Lunatic asylums Madras 1892-1911 - 1892-1911
Year: 1892
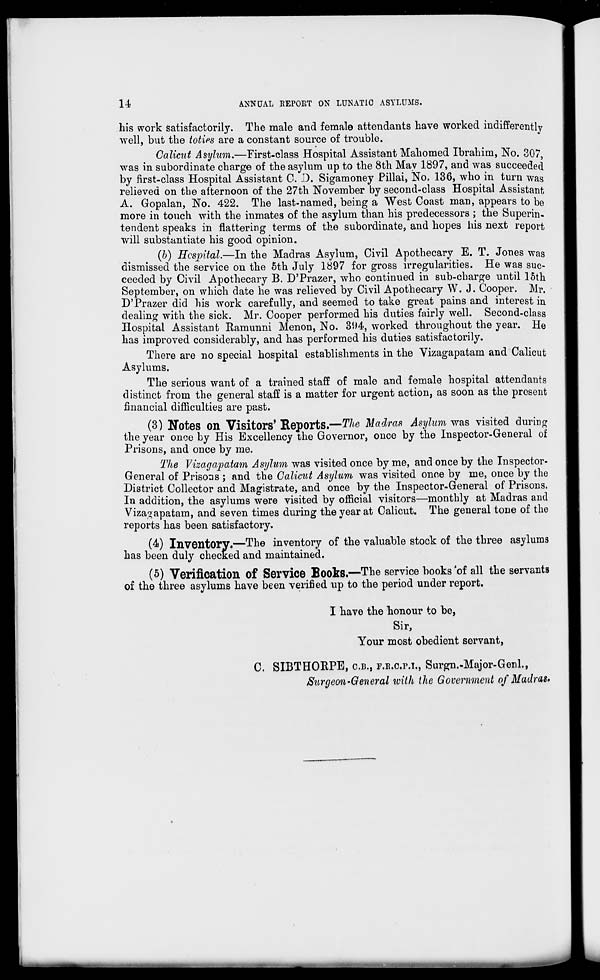
1-4
ANNUAL EEPORT ON LUNATIC ASYLUMS.
his work satisfactorily. The male and female attendants have worked indifferently
well, but the toties are a constant source of trouble.
Calicut Asylum.—First-class Hospital Assistant Mahomed Ibrahim, No. 307,
was in subordinate charge of the asylum up to the 8th May 1897, and was succeeded
by first-class Hospital Assistant CD. Sigamoney Pillai, No. 136, who in turn was
relieved on the afternoon of the 27th November by second-class Hospital Assistant
A. Gopalan, No. 422. The last-named, being a West Coast man, appears to he
more in touch with the inmates of the asylum than his predecessors ; the Superin-
tendent speaks in flattering terms of the subordinate, and hopes his next report
will substantiate his good opinion.
(b) Hospital.—In the Madras Asylum, Civil Apothecary E. T. Jones was
dismissed the service on the 5th July 1897 for gross irregularities. He was suc-
ceeded by Civil Apothecary B. D'Prazer, who continued in sub-charge until 15th
September, on which date he was relieved by Civil Apothecary W. J. Cooper. Mr.
D'Prazer did his work carefully, and seemed to take great pains and interest in
dealing with the sick. Mr. Cooper performed his duties fairly well. Second-class
Hospital Assistant Ramunni Menon, No. 394, worked throughout the year. He
has improved considerably, and has performed his duties satisfactorily.
There are no special hospital establishments in the Vizagapatam and Calicut
Asylums.
The serious want of a trained staff of male and female hospital attendants
distinct from the general staff is a matter for urgent action, as soon as the present
financial difficulties are past.
(3) Notes on Visitors' Reports.—The Madras Asylum was visited during
the year once by His Excellency the Governor, once by the Inspector-General of
Prisons, and once by me.
The Yizagayatam Asylum was visited once by me, and once by the Inspector-
General of Prisons ; and the Calicut Asylum was visited once by me, once by the
District Collector and Magistrate, and once by the Inspector-General of Prisons.
In addition, the asylums were visited by official visitors—monthly at Madras and
Viza^apatam, and seven times during the year at Calicut. The general tone of the
reports has been satisfactory.
(4) Inventory.—The inventory of the valuable stock of the three asylums
has been duly checked and maintained.
(5) Verification of Service Books.—The service books'of all the servants
of the three asylums have been verified up to the period under report.
I have the honour to be,
Sir,
Your most obedient servant,
C. SIBTHORPE, C.B., F.E.C.P.T., Surgn.-Major-Genl.,
Surgeon-General with the Government of Madras.